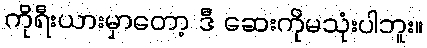
ကိုရီးယားမှာတော့ ဒီ ဆေးကိုမသုံးပါဘူး။